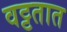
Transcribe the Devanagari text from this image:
वट्टतात